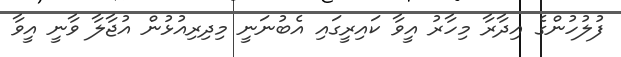
ފުލުހުންގެ އިދާރާ މިހާރު އީވާ ކައިރީގައި އެބުނަނީ މިދިރިއުޅުން އުޖާލާ ވާނީ އީވާ